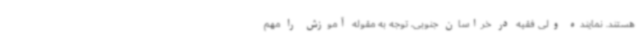
هستند. نماینده ولی فقیه در خراسان جنوبی، توجه به مقوله آموزش را مهم